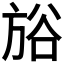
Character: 𣃺